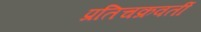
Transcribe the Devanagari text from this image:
प्रतिचक्रवर्ती